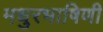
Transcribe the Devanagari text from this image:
मधुरभाषिणी